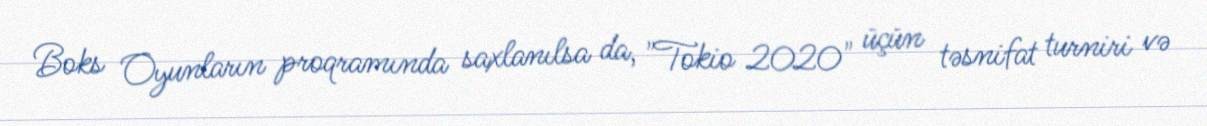
Boks Oyunların proqramında saxlanılsa da, "Tokio 2020" üçün təsnifat turniri və